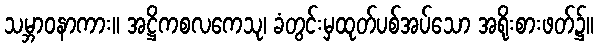
သမ္ဘာဝနာကား။ အဋ္ဌိကစလကေသု၊ ခံတွင်းမှထုတ်ပစ်အပ်သော အရိုးစားဖတ်၌။